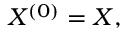
X ^ { ( 0 ) } = X ,